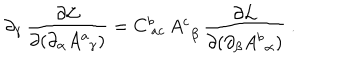
\partial _ { \gamma } \, { \frac { \partial { \cal L } } { \partial ( \partial _ { \alpha } A _ { \, \ \gamma } ^ { a } ) } } = C _ { \ a c } ^ { b } \, A _ { \, \ \beta } ^ { c } \, { \frac { \partial { \cal L } } { \partial ( \partial _ { \beta } A _ { \, \ \alpha } ^ { b } ) } } \ .